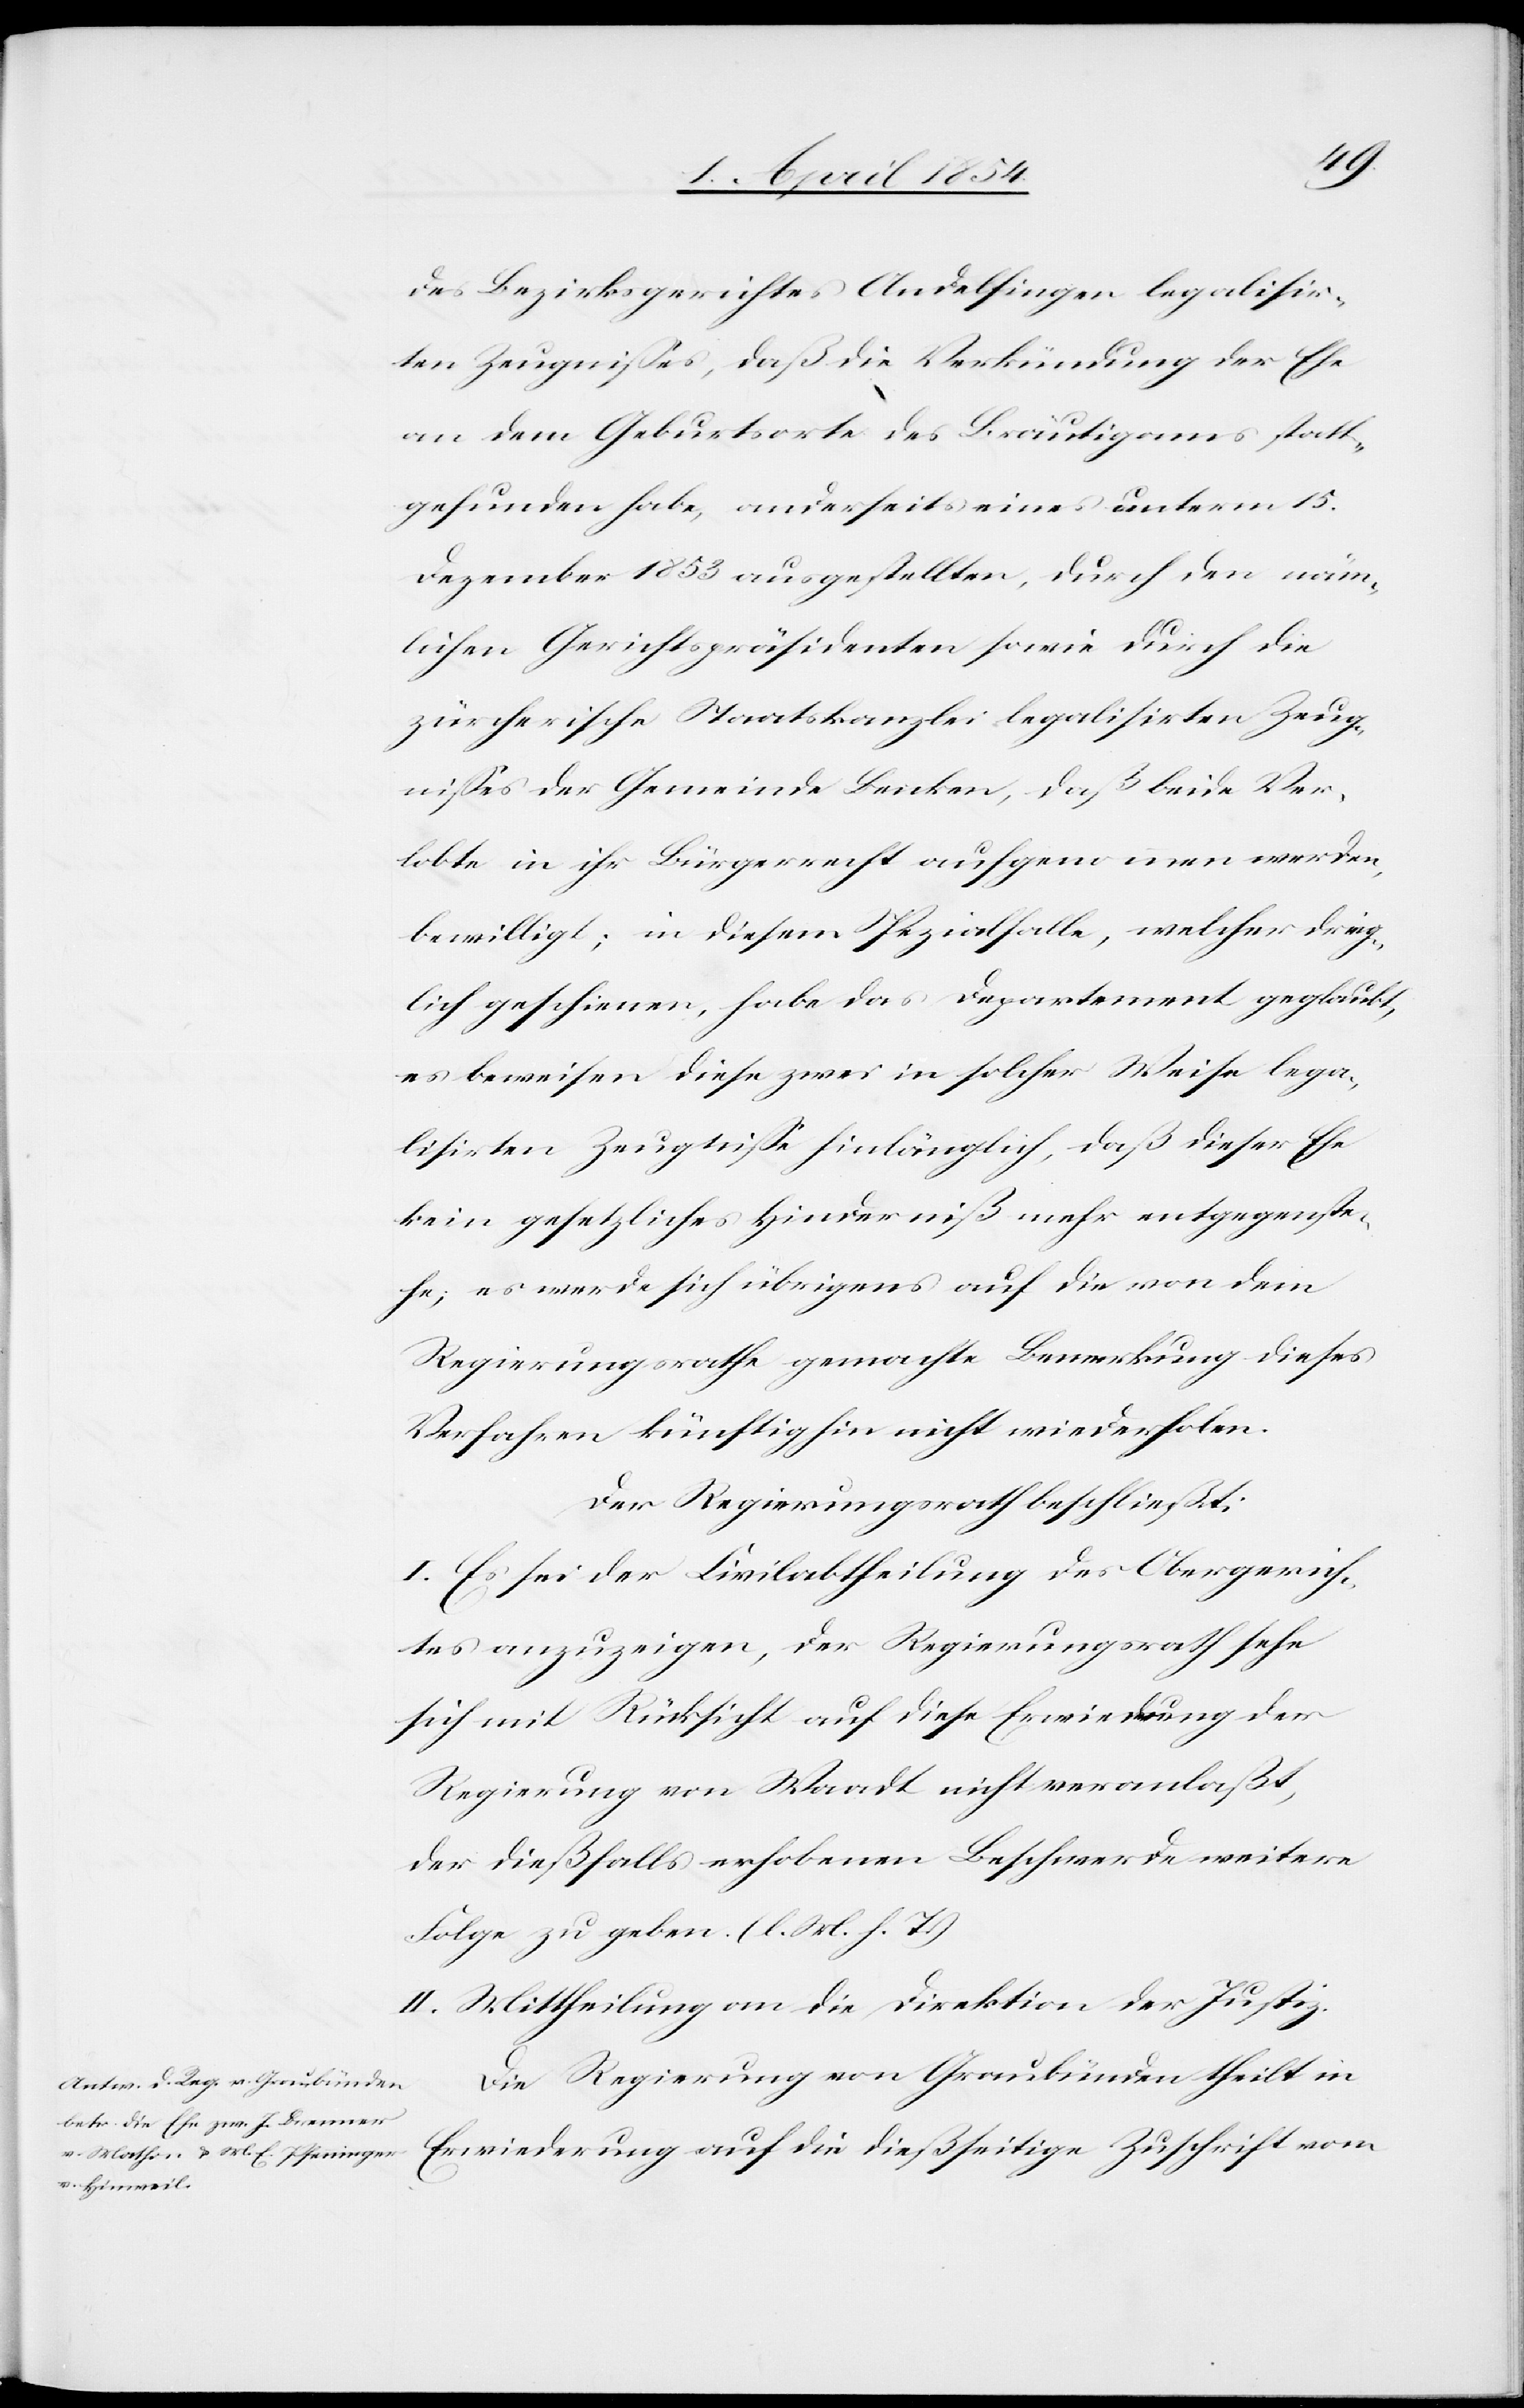
des Bezirksgerichtes Andelfingen legalisir¬
ten Zeugnißes, daß die Verkündung der Ehe
an dem Geburtsorte des Bräutigams statt¬
gefunden habe, anderseits eines unterm 15.
Dezember 1853 ausgestellten, durch den näm¬
lichen Gerichtspräsidenten sowie durch die
zürcherische Staatskanzlei legalisirten Zeug¬
nißes der Gemeinde Benken, daß beide Ver¬
lobte in ihr Bürgerrecht aufgenommen werden,
bewilligt; in diesem Spezialfalle, welcher dring¬
lich geschienen, habe das Departement geglaubt,
es beweisen diese zwei in solcher Weise leag¬
lisirten Zeugniße hinlänglich, daß dieser Ehe
kein gesetzliches Hinderniß mehr entgegenste¬
he; es werde sich übrigens auf die von dem
Regierungsrathe gemachte Bemerkung dieses
Verfahren künftig hin nicht wiederholen.
Der Regierungsrath beschließt:
I. Es sei der Civilabtheilung des Obergerich¬
tes anzuzeigen, der Regierungsrath habe
sich mit Rücksicht auf diese Erwiederung der
Regierung von Waadt nicht veranlaßt,
der dießfalls erhobenen Beschwerde weitere
Folge zu geben. (l. M. h. T.)
II. Mittheilung an die Direktion der Justiz.
Die Regierung von Graubünden theilt in